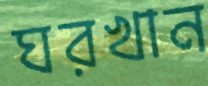
ঘরখান